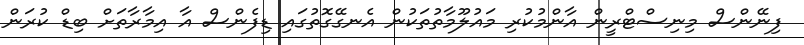
ފިނޭންސް މިނިސްޓްރީން އާންމުކުރި މައުލޫމާތުތަކުން އެނގޭގޮތުގައި ޑިފެންސް އާ އިމާރާތަށް ބިޑް ކުރަން